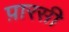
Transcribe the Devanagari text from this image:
प़ारसी